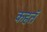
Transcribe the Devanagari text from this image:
कहतॅ